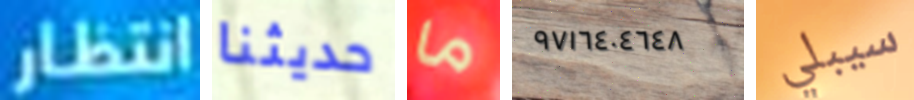
انتظار حديثنا ما ٩٧١٦٤٠٤٦٤٨ سيبلي